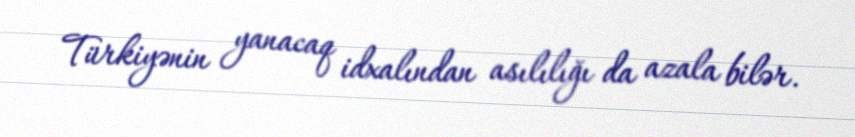
Türkiyənin yanacaq idxalından asılılığı da azala bilər.